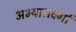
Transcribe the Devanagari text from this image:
अभ्यासवर्गा